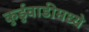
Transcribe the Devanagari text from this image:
कुर्डुवाडीमध्ये